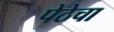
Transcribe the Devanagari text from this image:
पेठेचा